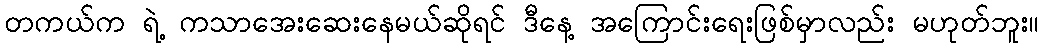
တကယ်က ရဲ့ ကသာအေးဆေးနေမယ်ဆိုရင် ဒီနေ့ အကြောင်းရေးဖြစ်မှာလည်း မဟုတ်ဘူး။